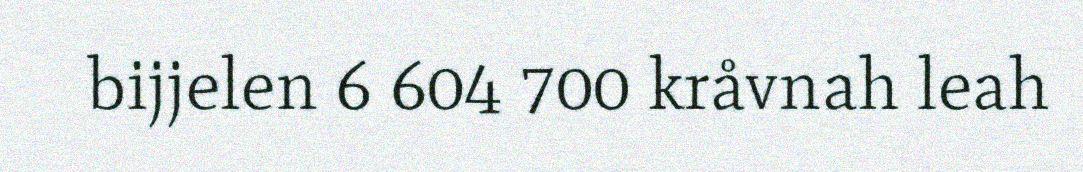
bijjelen 6 604 700 kråvnah leah